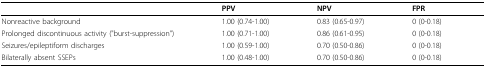
<table><thead><tr><td></td><td><b>PPV</b></td><td><b>NPV</b></td><td><b>FPR</b></td></tr></thead><tbody><tr><td>Nonreactive background</td><td>1.00 (0.74-1.00)</td><td>0.83 (0.65-0.97)</td><td>0 (0-0.18)</td></tr><tr><td>Prolonged discontinuous activity (&quot;burst-suppression&quot;)</td><td>1.00 (0.71-1.00)</td><td>0.86 (0.61-0.95)</td><td>0 (0-0.18)</td></tr><tr><td>Seizures/epileptiform discharges</td><td>1.00 (0.59-1.00)</td><td>0.70 (0.50-0.86)</td><td>0 (0-0.18)</td></tr><tr><td>Bilaterally absent SSEPs</td><td>1.00 (0.48-1.00)</td><td>0.70 (0.50-0.86)</td><td>0 (0-0.18)</td></tr></tbody></table>